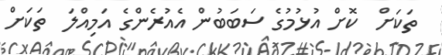
ތަކަށް  ކޮށް އުޅުމުގެ ސަބަބުން އެއުރެންގެ އަމިއްލަ  ތަކަށް